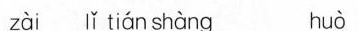
z\bar{a}i l\check{i} ti\check{a}n sh\bar{a}ng hu\bar{o}